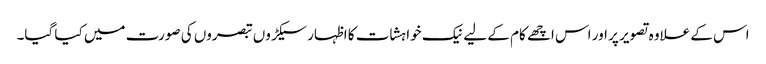
اس کے علاوہ تصویر پر اور اس اچھے کام کے لیے نیک خواہشات کا اظہار سیکڑوں تبصروں کی صورت میں کیا گیا۔